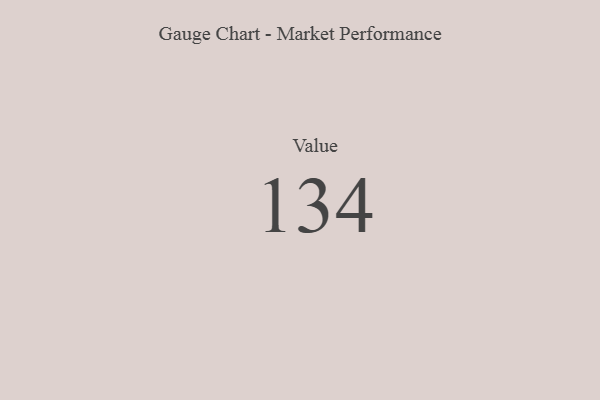
{"axis": {"x": "Metric", "y": "Value"}, "legend": [""], "data": [{"x": "Value", "y": 134, "type": ""}]}